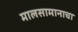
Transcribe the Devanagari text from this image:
मालसामानाचा